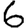
Digit: 6